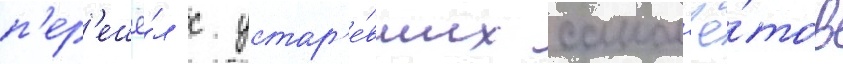
п'ер'ешё́л с устар'е́вших самол'ё́тов